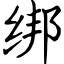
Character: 绑